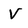
Character: V